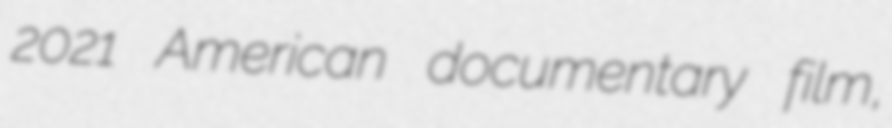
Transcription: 2021 American documentary film,